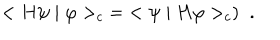
LaTeX: < H \psi \mid \varphi > _ { c } \; = \; < \psi \mid H \varphi > _ { c } ) \; \; .